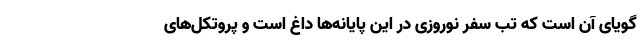
گویای آن است که تب سفر نوروزی در این پایانه‌ها داغ است و پروتکل‌های